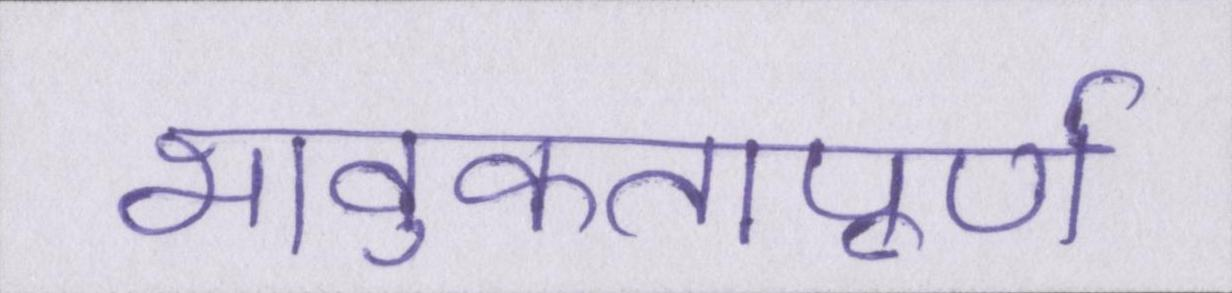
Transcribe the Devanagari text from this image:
भावुकतापूर्ण